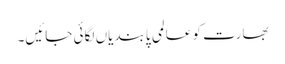
بھارت کو عالمی پابندیاں لگائی جائیں۔